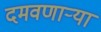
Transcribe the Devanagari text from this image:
दमवणाऱ्या